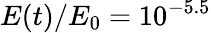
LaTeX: E(t)/E_{0}=10^{-5.5}